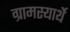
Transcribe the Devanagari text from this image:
ग्रामस्यार्थे